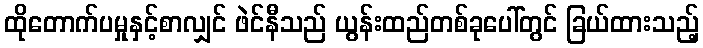
ထိုတောက်ပမှုနှင့်စာလျှင် ဖဲင်နီသည် ယွန်းထည်တစ်ခုပေါ်တွင် ခြယ်ထားသည့်